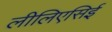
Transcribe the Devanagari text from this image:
लीलिएसिई